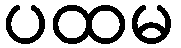
ပထမ